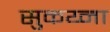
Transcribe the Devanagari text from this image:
सुकय्ना